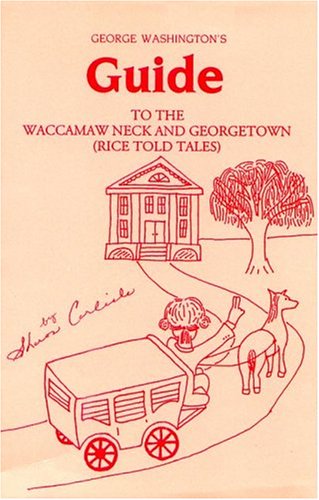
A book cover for George Washington's Guide to the Waccamaw Neck and Georgetown (Rice Told Tales); Sharon A. Carlisle; Travel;